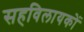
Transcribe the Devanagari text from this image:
सहविलायकों